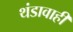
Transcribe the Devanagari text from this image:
थंडावाही